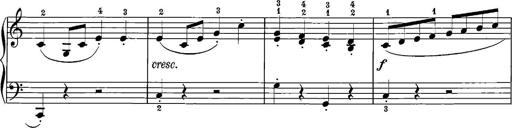
Title: 12 Sonatinas
Composer: Ignaz Pleyel